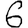
Digit: 6